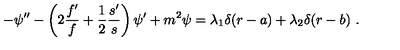
- \psi ^ { \prime \prime } - \left( 2 \frac { f ^ { \prime } } { f } + \frac { 1 } { 2 } \frac { s ^ { \prime } } { s } \right) \psi ^ { \prime } + m ^ { 2 } \psi = \lambda _ { 1 } \delta ( r - a ) + \lambda _ { 2 } \delta ( r - b ) \ .